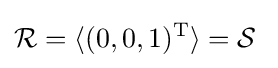
{\mathcal {R}}=\langle (0,0,1)^{\text{T}}\rangle ={\mathcal {S}}\;